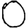
Digit: 0